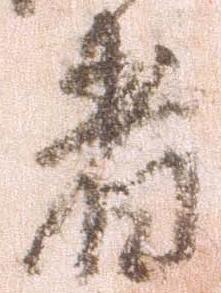
着